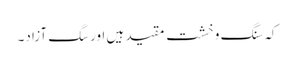
کہ سنگ و خشت مقید ہیں اور سگ آزاد۔